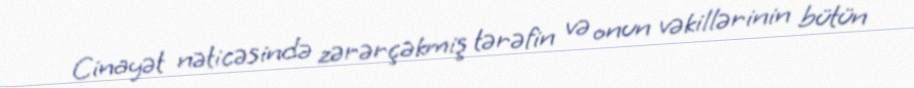
Cinayət nəticəsində zərərçəkmiş tərəfin və onun vəkillərinin bütün